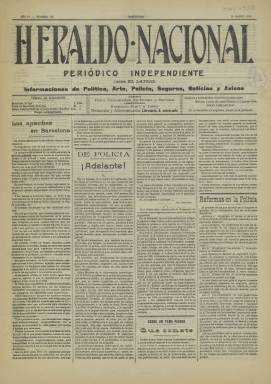
Título: Heraldo nacional
Colección: Periódicos
Ámbito geográfico: Barcelona
Lugar de publicación: Barcelona
Fechas: 21/03/1911-21/03/1911